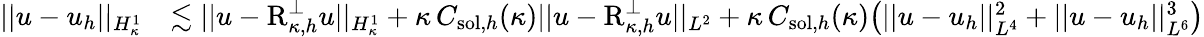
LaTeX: \begin{array}{rl}{\lvert|u-u_{h}\rvert|_{H_{\kappa}^{1}}}&{\lesssim\lvert|u-\textup{R}_{\kappa,h}^{\perp}u\rvert|_{H_{\kappa}^{1}}+\kappa\, C_{\textup{sol},h}(\kappa)\lvert|u-\textup{R}_{\kappa,h}^{\perp}u\rvert|_{L^{2}}+\kappa\, C_{\textup{sol},h}(\kappa)\bigl(\lvert|u-u_{h}\rvert|_{L^{4}}^{2}+\lvert|u-u_{h}\rvert|_{L^{6}}^{3}\bigr)}\end{array}